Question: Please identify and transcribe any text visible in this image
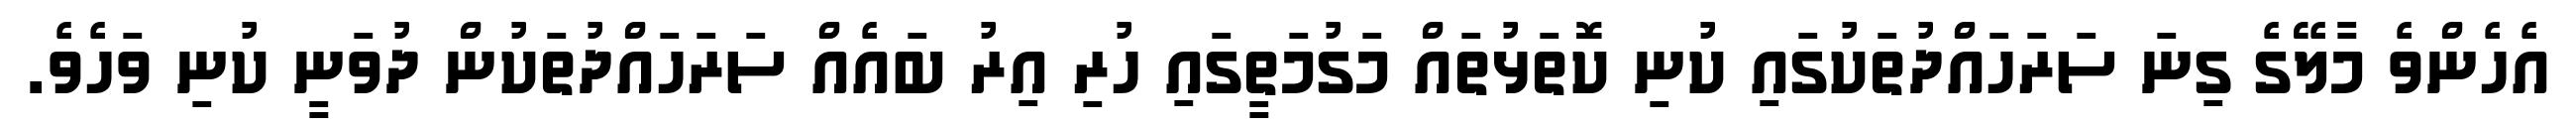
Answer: އެހެންވެ މާލޭގެ ގިނަ ސަރަހައްދުތަކުގައި ކުނި ކޮތަޅުތައް މަގުމަތީގައި ހުރި އިރު ބައެއް ސަރަހައްދުތަކުން ދުވަނީ ކުނި ވަހެވެ.